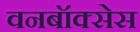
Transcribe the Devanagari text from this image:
वनबॉक्सेस